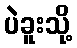
ပဲခူးသို့